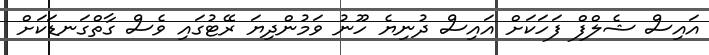
އައިސް ޝެލްފް ފަހަކަށް އައިސް ދުނިޔެ ހޫނު ވަމުންދިޔަ ރޭޓުގައި ވެސް ގާތްގަނޑަކަށް